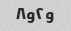
و۲و۸